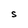
Character: S